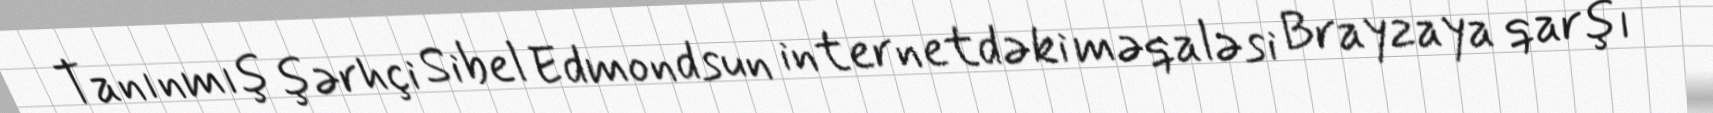
Tanınmış şərhçi Sibel Edmondsun internetdəki məqaləsi Brayzaya qarşı